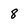
Character: 8